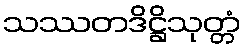
သဿတဒိဋ္ဌိသုတ္တံ